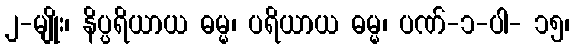
၂-မျိုး၊ နိပ္ပရိယာယ ဓမ္မ၊ ပရိယာယ ဓမ္မ၊ ပဏ်-၁-ပါ- ၁၅၊